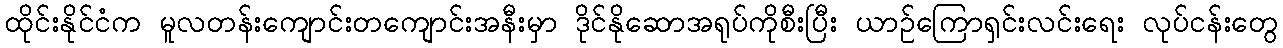
ထိုင်းနိုင်ငံက မူလတန်းကျောင်းတကျောင်းအနီးမှာ ဒိုင်နိုဆောအရုပ်ကိုစီးပြီး ယာဉ်ကြောရှင်းလင်းရေး လုပ်ငန်းတွေ